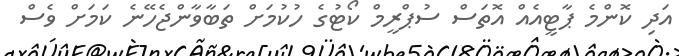
އަދި ކޮންމެ ޕާޓީއެއް އޮތަސް ސުޕްރީމް ކޯޓުގެ ހުކުމަށް ތަބާވާންޖެހޭނެ ކަމަށް ވެސް